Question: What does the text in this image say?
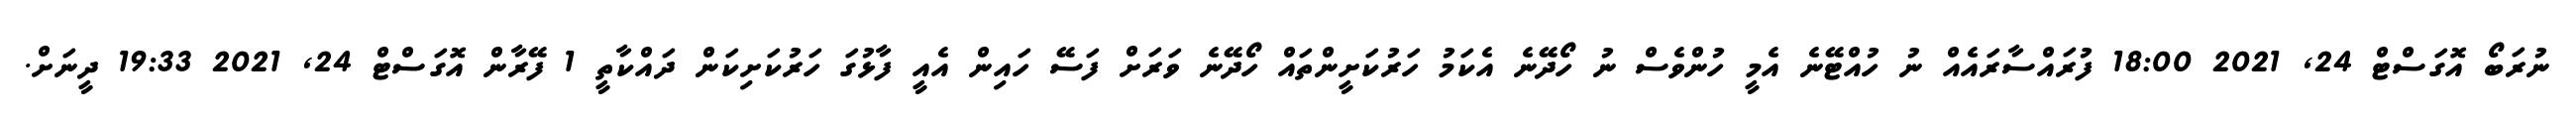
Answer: ނުރަބޯ އޮގަސްޓް 24, 2021 18:00 ފުރައްސާރައެއް ނު ހުއްޓޭނެ އެމީ ހުންވެސް ނު ހޯދޭނެ އެކަމު ހަރުކަށީންތައް ހޯދޭނެ ވަރަށް ފަސޭ ހައިން އެއީ ފާޅުގަ ހަރުކަށިކަން ދައްކާތީ 1 ފޭރާން އޮގަސްޓް 24, 2021 19:33 ދީނަށް.